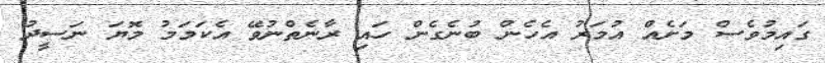
ގައިމުވެސް މަށެއް އުމަރު އެހެން ބުނެގެން ހައި ރާނެތްނުވޭ އެކަމަމު މޮޔަ ނަސީދު